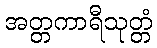
အတ္တကာရီသုတ္တံ